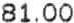
81.00